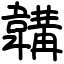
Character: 韝